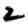
Digit: 2